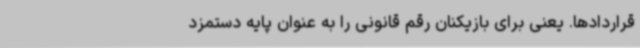
قراردادها. یعنی برای بازیکنان رقم قانونی را به‌ عنوان پایه دستمزد